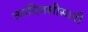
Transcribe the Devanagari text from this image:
त्यादिवशीसाठी